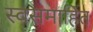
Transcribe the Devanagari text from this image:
स्वसमाहित